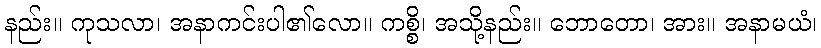
နည်း။ ကုသလာ၊ အနာကင်းပါ၏လော။ ကစ္စိ၊ အသို့နည်း။ ဘောတော၊ အား။ အနာမယံ၊